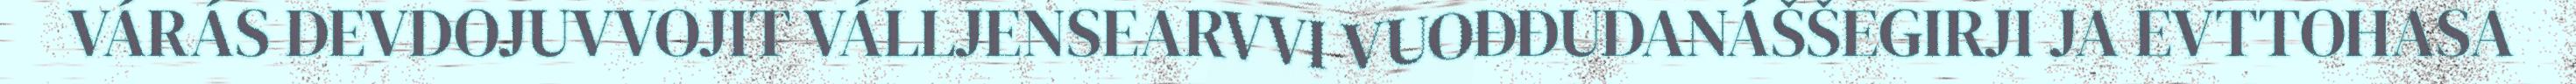
VÁRÁS DEVDOJUVVOJIT VÁLLJENSEARVVI VUOĐĐUDANÁŠŠEGIRJI JA EVTTOHASA